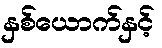
နှစ်ယောက်နှင့်